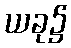
ယခု၌